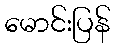
မောင်းပြန်